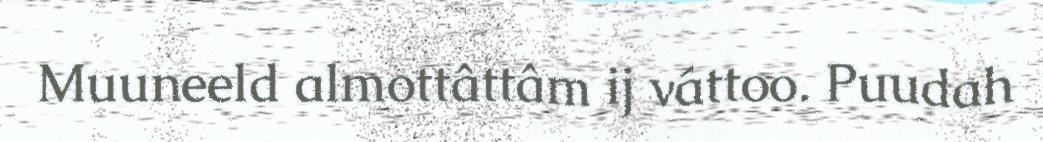
Muuneeld almottâttâm ij váttoo. Puudah